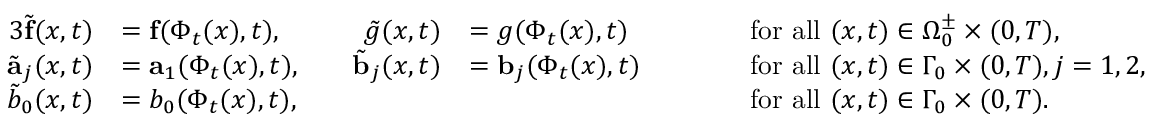
\begin{array} { r l r l r l } { { 3 } \tilde { \mathbf { f } } ( x , t ) } & { = \mathbf { f } ( \Phi _ { t } ( x ) , t ) , } & { \quad \tilde { g } ( x , t ) } & { = g ( \Phi _ { t } ( x ) , t ) } & { \qquad } & { \mathrm { f o r ~ a l l ~ } ( x , t ) \in \Omega _ { 0 } ^ { \pm } \times ( 0 , T ) , } \\ { \tilde { \mathbf { a } } _ { j } ( x , t ) } & { = \mathbf { a } _ { 1 } ( \Phi _ { t } ( x ) , t ) , } & { \quad \tilde { \mathbf { b } } _ { j } ( x , t ) } & { = \mathbf { b } _ { j } ( \Phi _ { t } ( x ) , t ) } & { \qquad } & { \mathrm { f o r ~ a l l ~ } ( x , t ) \in \Gamma _ { 0 } \times ( 0 , T ) , j = 1 , 2 , } \\ { \tilde { b } _ { 0 } ( x , t ) } & { = b _ { 0 } ( \Phi _ { t } ( x ) , t ) , } & & { } & { \qquad } & { \mathrm { f o r ~ a l l ~ } ( x , t ) \in \Gamma _ { 0 } \times ( 0 , T ) . } \end{array}